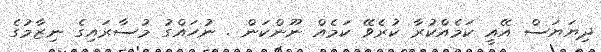
ދިޔަޔަސް އޭއީ ކަމެއްކުރާ ކުރެވޭ ކަމެއް ނޫންކަން . ނުހައްގު މުސާރައިގެ ނިޒާމުގެ